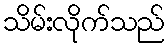
သိမ်းလိုက်သည်